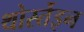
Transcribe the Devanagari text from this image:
थोर्स्तेइन